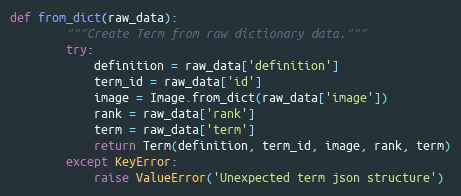
Language: Python
def from_dict(raw_data):
        """Create Term from raw dictionary data."""
        try:
            definition = raw_data['definition']
            term_id = raw_data['id']
            image = Image.from_dict(raw_data['image'])
            rank = raw_data['rank']
            term = raw_data['term']
            return Term(definition, term_id, image, rank, term)
        except KeyError:
            raise ValueError('Unexpected term json structure')